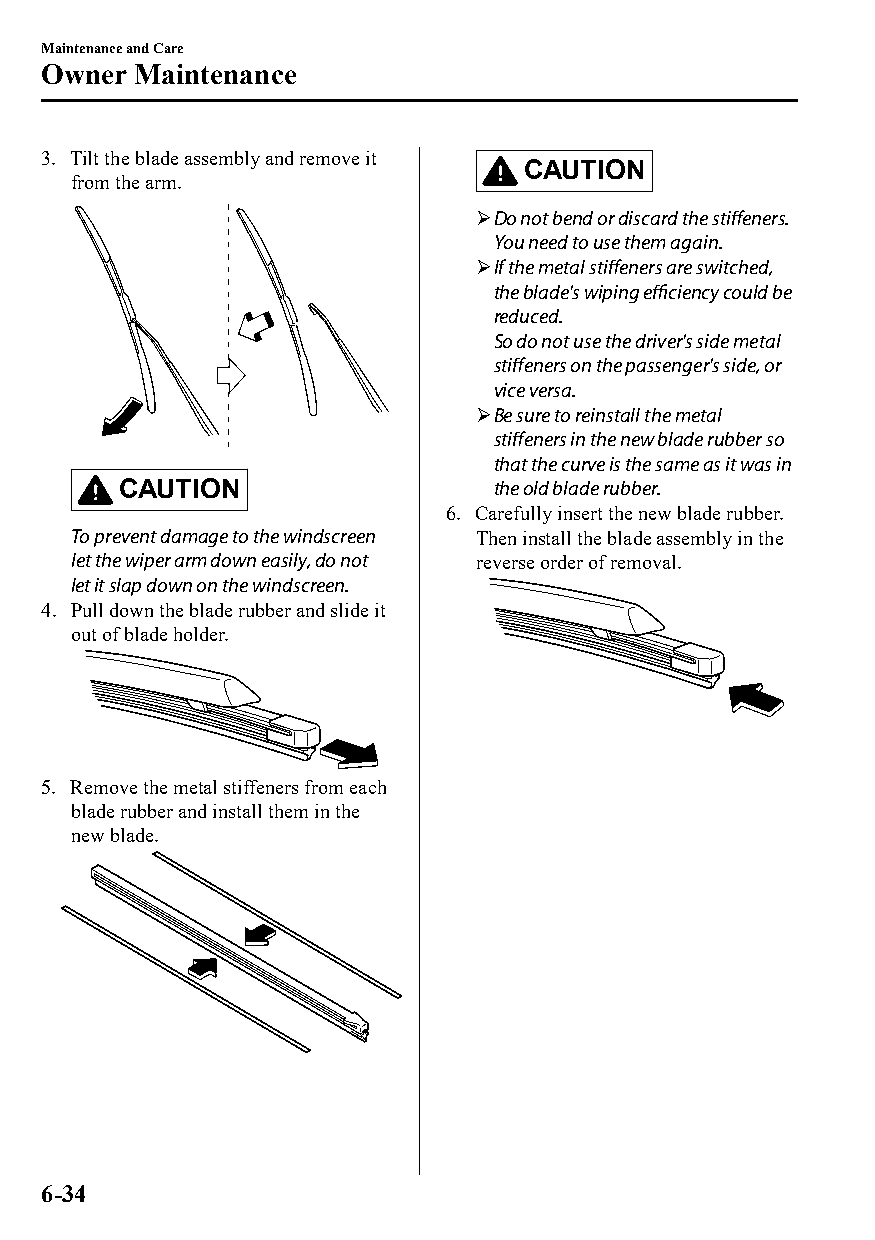
Maintenance and Care
 Owner  Maintenance
 3. Tilt the blade assembly and remove it
 CAUTION
 from the arm.
 Do not bend or discard the stiffeners.
 You need to use them again.
 If the metal stiffeners are switched,
 the blade's wiping efficiency could be
 reduced.
 So do not use the driver's side metal
 stiffeners on the passenger's side, or
 vice versa.
 Be sure to reinstall the metal
 stiffeners in the new blade rubber so
 that the curve is the same as it was in
 CAUTION                 the old blade rubber.
 6. Carefully insert the new blade rubber.
 To prevent damage to the windscreen Then install the blade assembly in the
 let the wiper arm down easily, do not reverse order of removal.
 let it slap down on the windscreen.
 4. Pull down the blade rubber and slide it
 out of blade holder.
 5. Remove the metal stiffeners from each
 blade rubber and install them in the
 new blade.
 6-34
 CX-3_8GT4-EE-18D_Edition4                  2018-9-6 18:32:19